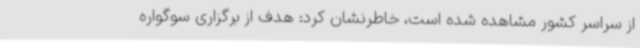
از سراسر کشور مشاهده شده است، خاطرنشان کرد: هدف از برگزاری سوگواره